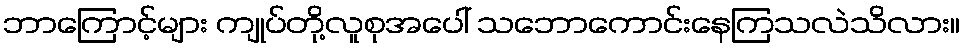
ဘာကြောင့်များ ကျုပ်တို့လူစုအပေါ် သဘောကောင်းနေကြသလဲသိလား။